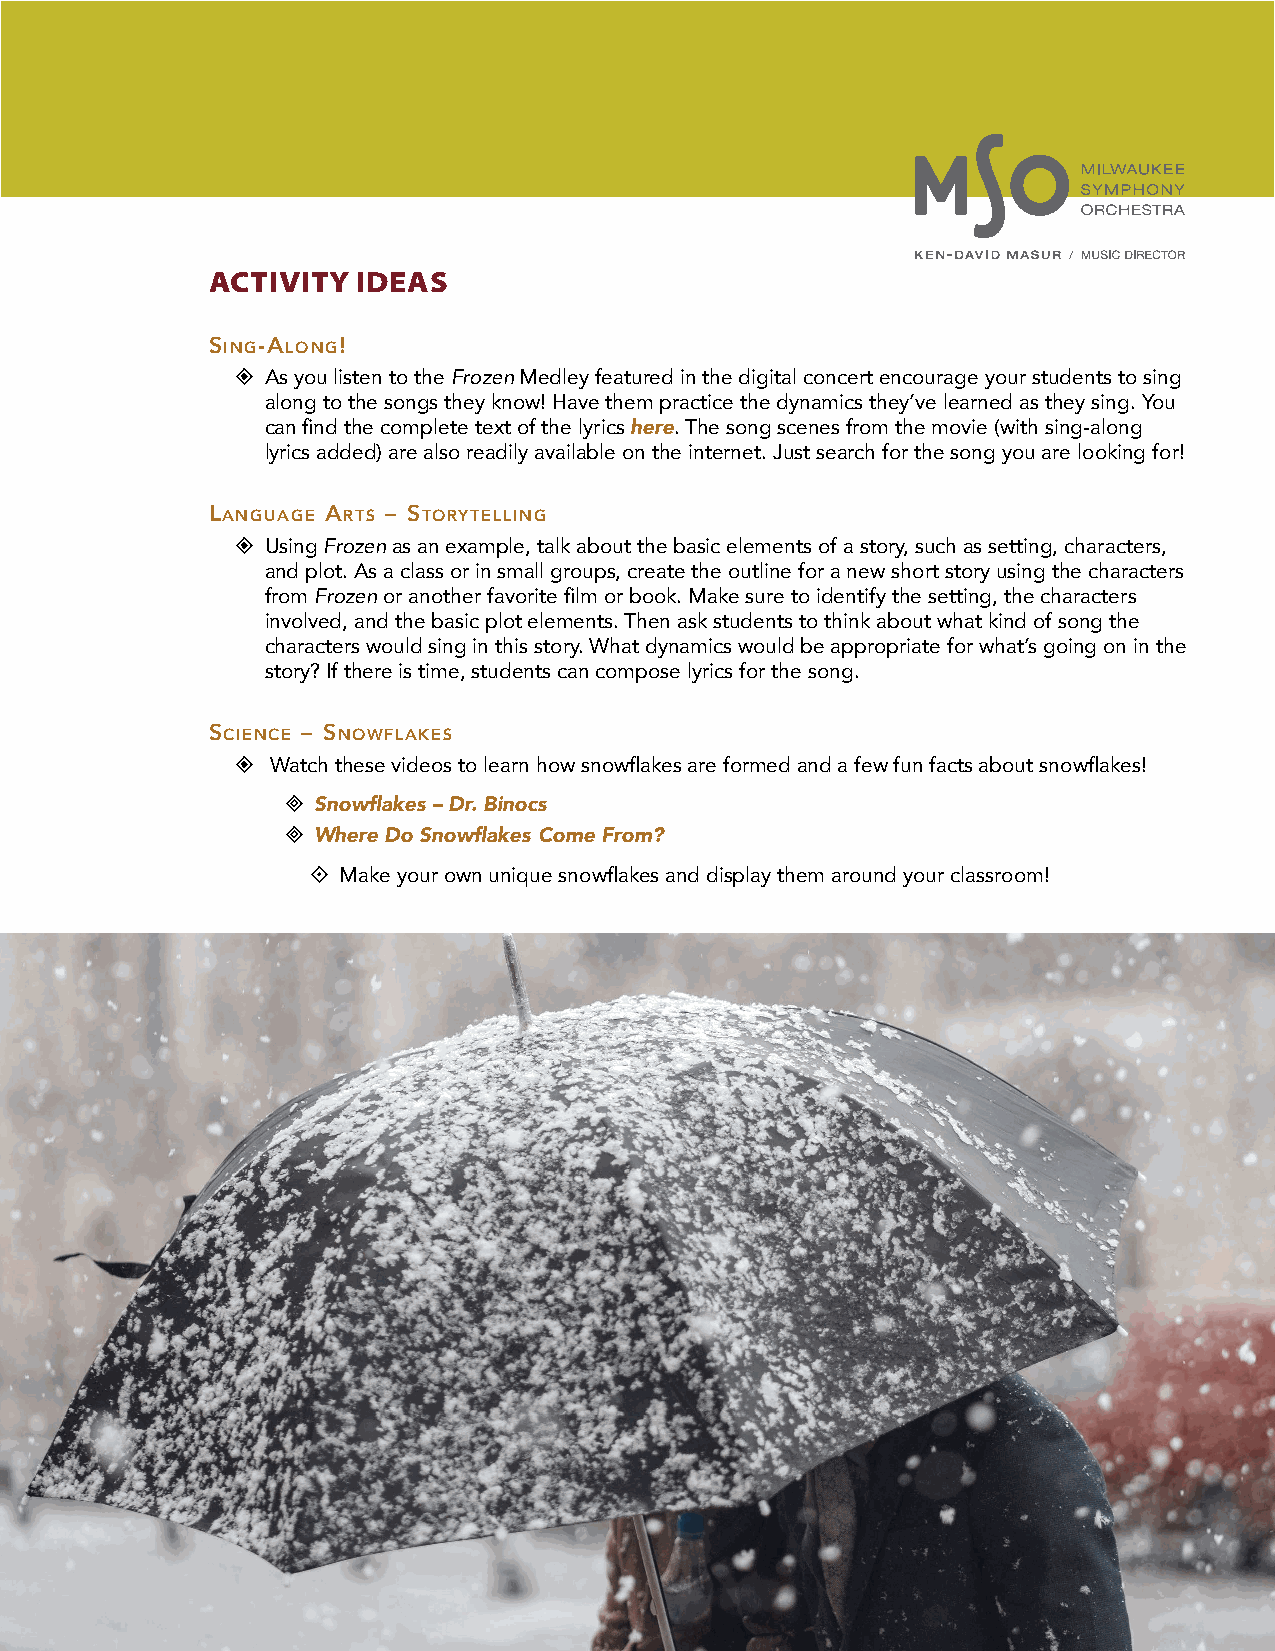
ACTIVITY  IDEAS
 sing-along!
   As you listen to the Frozen Medley featured in the digital concert encourage your students to sing
 along to the songs they know! Have them practice the dynamics they’ve learned as they sing. You
 can find the complete text of the lyrics here. The song scenes from the movie (with sing-along
 lyrics added) are also readily available on the internet. Just search for the song you are looking for!
 language arts – storytelling
   Using Frozen as an example, talk about the basic elements of a story, such as setting, characters,
 and plot. As a class or in small groups, create the outline for a new short story using the characters
 from Frozen or another favorite film or book. Make sure to identify the setting, the characters
 involved, and the basic plot elements. Then ask students to think about what kind of song the
 characters would sing in this story. What dynamics would be appropriate for what’s going on in the
 story? If there is time, students can compose lyrics for the song.
 science – snowflakes
   Watch these videos to learn how snowflakes are formed and a few fun facts about snowflakes!
  Snowflakes – Dr. Binocs
  Where Do Snowflakes Come From?
  Make your own unique snowflakes and display them around your classroom!